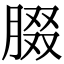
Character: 腏